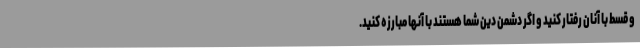
و قسط با آنان رفتار کنید و اگر دشمن دین شما هستند با آنها مبارزه کنید.